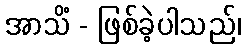
အာသိံ - ဖြစ်ခဲ့ပါသည်၊